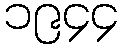
၁၉၄၄